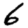
Digit: 6